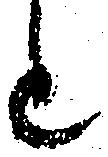
と